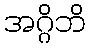
အဂ္ဂိဘိ